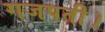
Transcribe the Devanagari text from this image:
गजपती।